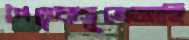
পৈতৃকসূত্রেআহি